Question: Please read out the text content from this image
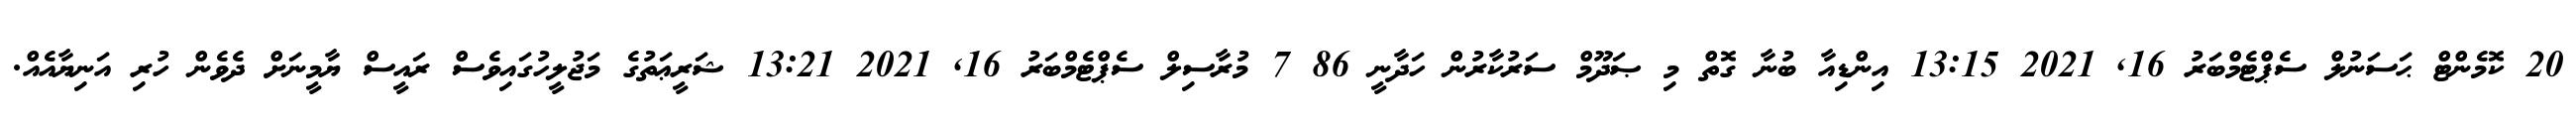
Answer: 20 ކޮމެންޓް ޙަސަނުލް ސެޕްޓެމްބަރު 16, 2021 13:15 އިންޑިއާ ބުނާ ގޮތް މި ޞަދޫމް ސަރުކާރުން ހަދާނީ 86 7 މުރާސިލް ސެޕްޓެމްބަރު 16, 2021 13:21 ޝަރީޢަތުގެ މަޖުލީހުގައިވެސް ރައީސް ޔާމީނަށް ދެވެން ހުރި އަނިޔާއެއް.